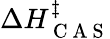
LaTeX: \Delta H_{\mathrm{~C~A~S~}}^{\ddagger}